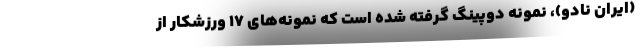
(ایران نادو)، نمونه دوپینگ گرفته شده است که نمونه‌های ۱۷ ورزشکار از